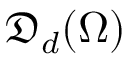
\mathfrak { D } _ { d } ( \Omega )